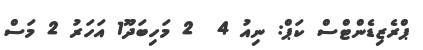
ޕްރެޒިޑެންޓްސް ކަޕް: ނިއު 4  2 މަހިބަދޫ1 އަހަރު 2 މަސް